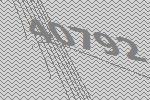
40792